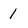
Character: 1